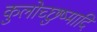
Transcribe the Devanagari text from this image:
कुलोच्छुष्मादि